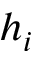
h _ { i }